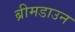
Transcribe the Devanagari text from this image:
ब्रीमडाउन